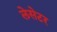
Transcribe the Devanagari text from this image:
लेसेटर